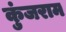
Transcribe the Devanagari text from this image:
कुंजराम